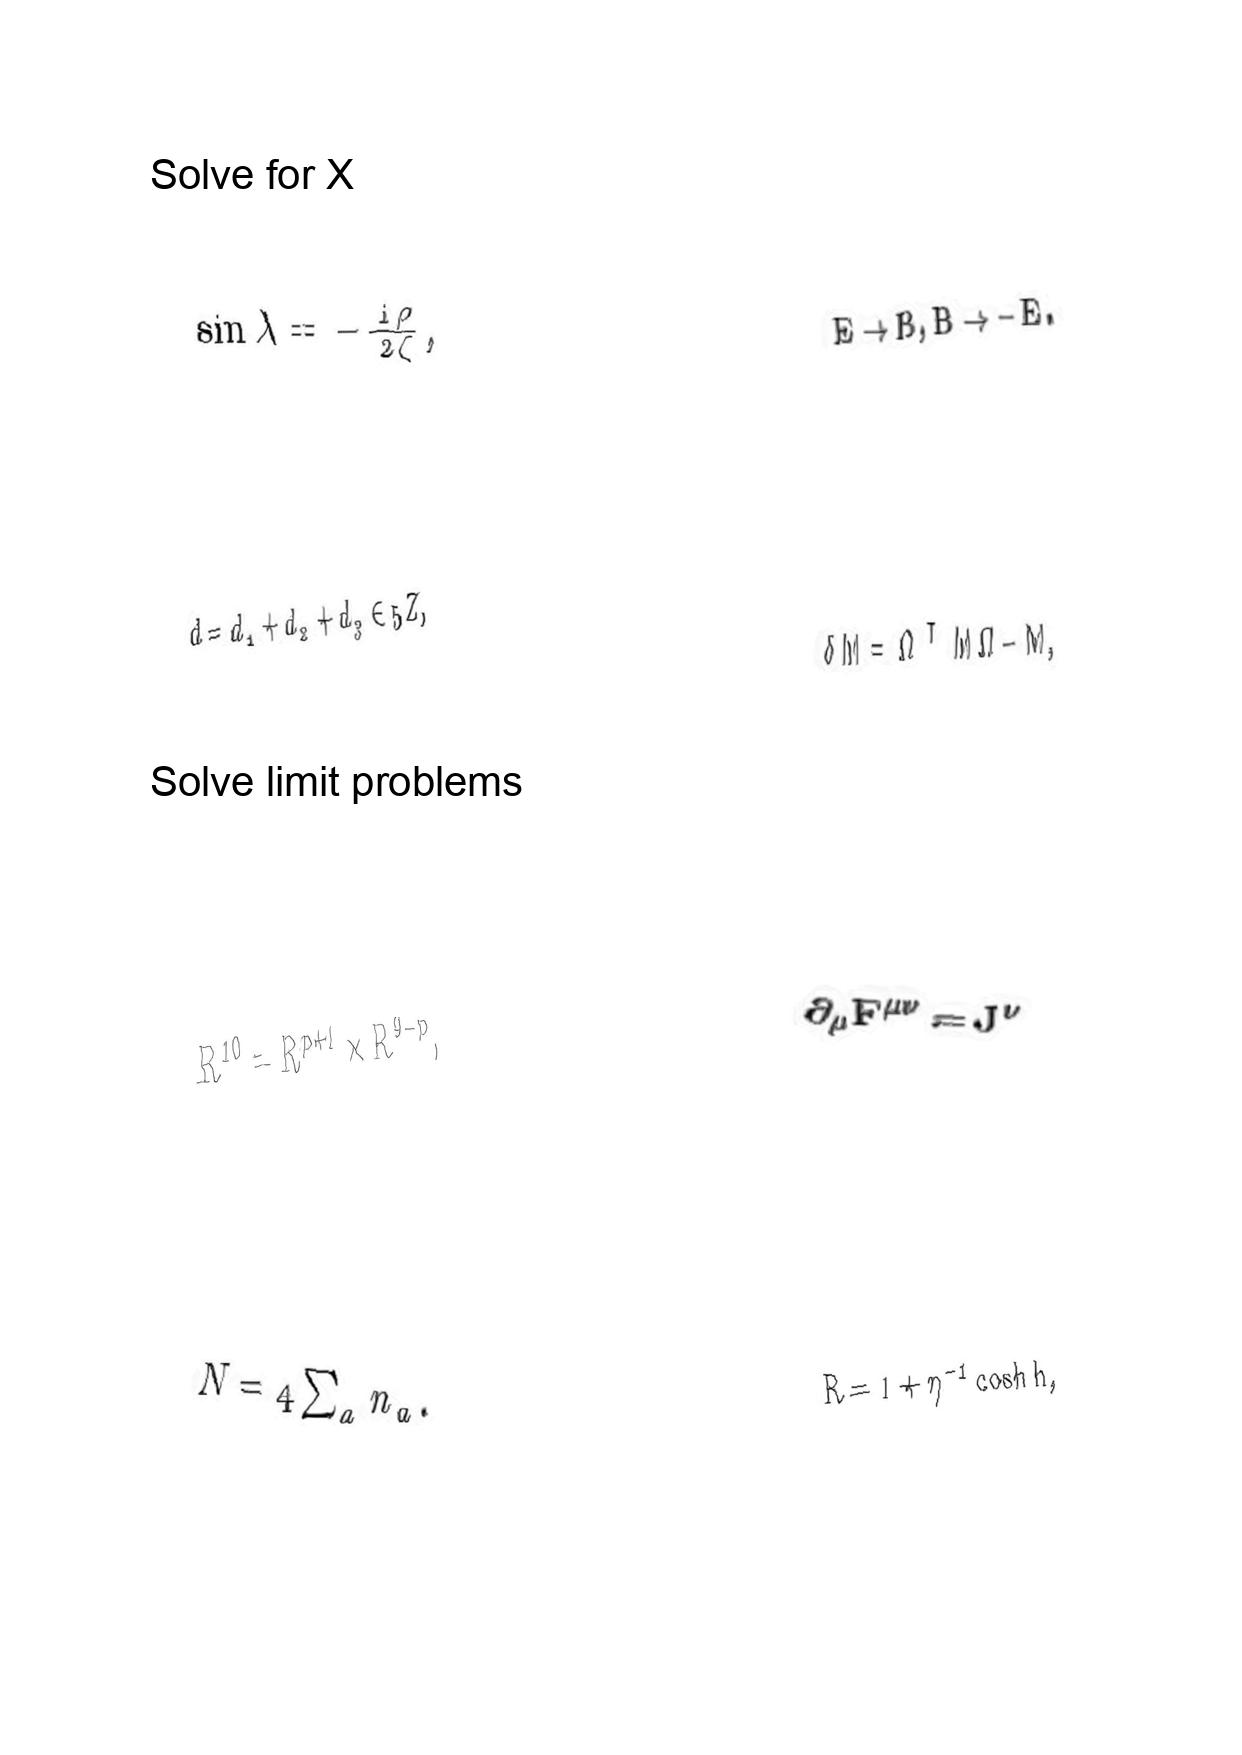
LaTeX transcription:
\sin \lambda = - \frac { i \rho } { 2 \zeta } ,
d = d _ { 1 } + d _ { 2 } + d _ { 3 } \in 5 Z ,
R ^ { 1 0 } = R ^ { p + 1 } \times R ^ { 9 - p } ,
N = 4 \sum _ { a } n _ { a } .
E \rightarrow B , B \rightarrow - E .
\delta M = \Omega ^ { T } M \Omega - M ,
\partial _ { \mu } F ^ { \mu \nu } = J ^ { \nu }
R = 1 + \eta ^ { - 1 } \cosh h ,